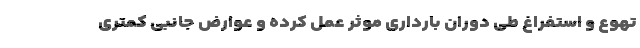
تهوع و استفراغ طی دوران بارداری موثر عمل کرده و عوارض جانبی کمتری